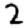
Digit: 2